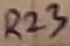
Text: R23